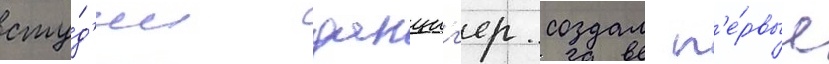
сту́д'ии данциг'ер создал п'е́рвые